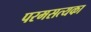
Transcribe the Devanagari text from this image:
परमसत्यका